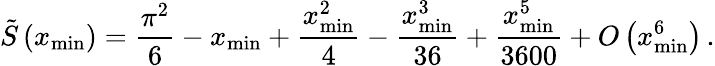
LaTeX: \tilde{S}\left(x_{\operatorname*{min}}\right)=\frac{\pi^{2}}{6}-x_{\operatorname*{min}}+\frac{x_{\operatorname*{min}}^{2}}{4}-\frac{x_{\operatorname*{min}}^{3}}{36}+\frac{x_{\operatorname*{min}}^{5}}{3600}+O\left(x_{\operatorname*{min}}^{6}\right)\, .